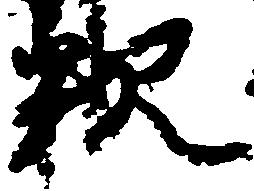
釈